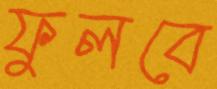
ফুলবে